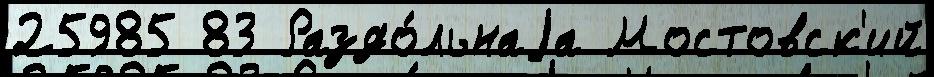
25985 83 Раздо́льнаjа Мостовск'ий